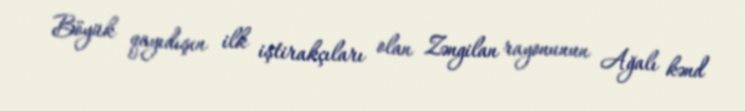
Böyük qayıdışın ilk iştirakçıları olan Zəngilan rayonunun Ağalı kənd